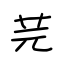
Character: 芫